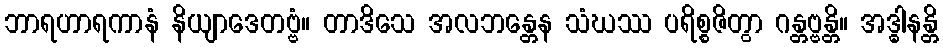
ဘာရဟာရကာနံ နိယျာဒေတဗ္ဗံ။ တာဒိသေ အလဘန္တေန သံဃဿ ပရိစ္စဇိတွာ ဂန္တဗ္ဗန္တိ။ အဒ္ဓါနန္တိ